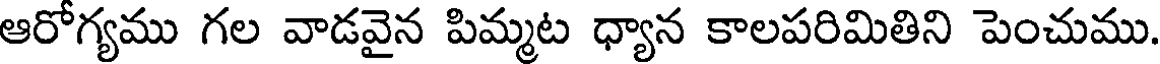
ఆరోగ్యము గల వాడవైన పిమ్మట ధ్యాన కాలపరిమితిని పెంచుము